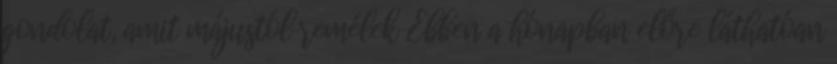
gondolat, amit májustól remélek Ebben a hónapban előre láthatóan